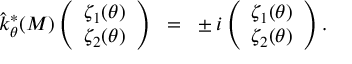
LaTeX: \hat { k } _ { \theta } ^ { * } ( M ) \left( \begin{array} { c } { { \zeta _ { 1 } ( \theta ) } } \\ { { \zeta _ { 2 } ( \theta ) } } \end{array} \right) ~ = ~ \pm i \left( \begin{array} { c } { { \zeta _ { 1 } ( \theta ) } } \\ { { \zeta _ { 2 } ( \theta ) } } \end{array} \right) .